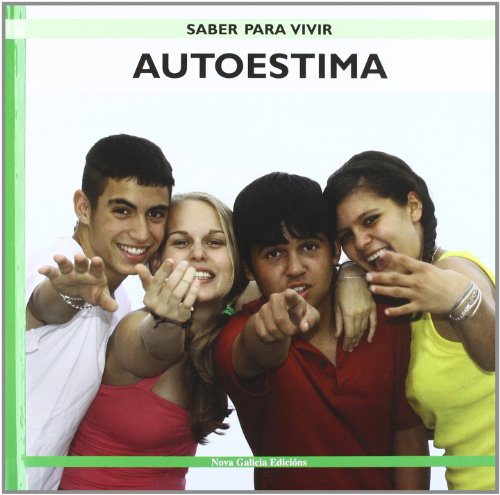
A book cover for Autoestima/ Self-esteem (Saber Para Vivir/ Learn to Live) (Spanish Edition); Maria C. Lorenzo Pontevedra; Teen & Young Adult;